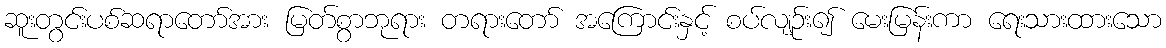
ဆူးတွင်းပစ်ဆရာတော်အား မြတ်စွာဘုရား တရားတော် အကြောင်းနှင့် စပ်လျဉ်း၍ မေးမြန်းကာ ရေးသားထားသော